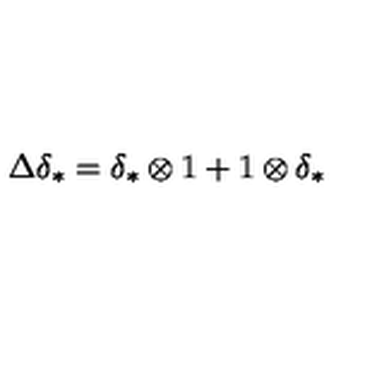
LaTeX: \Delta \delta _ { * } = \delta _ { * } \otimes 1 + 1 \otimes \delta _ { * }